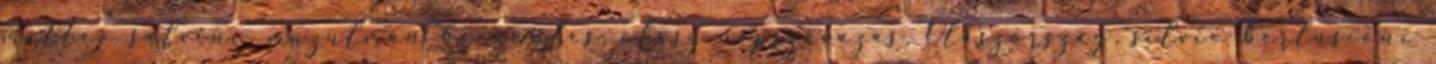
matteo salvini, muzulmán beözönlés, olasz népszavazás, Olaszország, silvio berlusconi